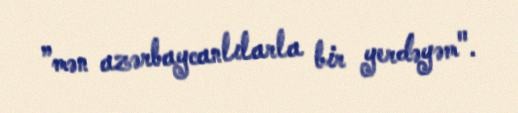
”mən azərbaycanlılarla bir yerdəyəm".